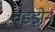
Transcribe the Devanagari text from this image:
वेडझेन